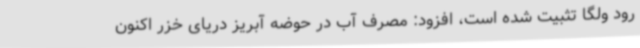
رود ولگا تثبیت شده است، افزود: مصرف آب در حوضه آبریز دریای خزر اکنون